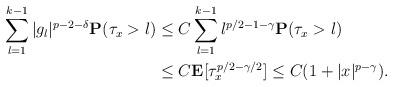
LaTeX: \begin{align*}\sum_{l=1}^{k-1}|g_{l}|^{p-2-\delta}\mathbf{P}(\tau_x>l)&\le C\sum_{l=1}^{k-1} l^{p/2-1-\gamma}\mathbf{P}(\tau_x>l)\\&\le C\mathbf{E}[\tau_x^{p/2-\gamma/2}]\le C(1+|x|^{p-\gamma}).\end{align*}